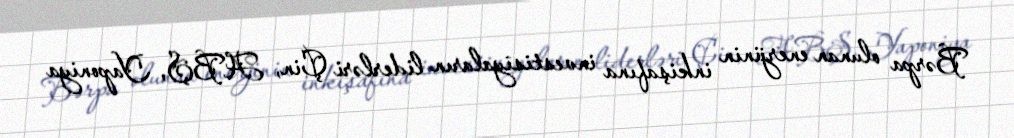
Bərpa olunan enerjinin inkişafına investisiyaların liderləri Çin, ABŞ, Yaponiya